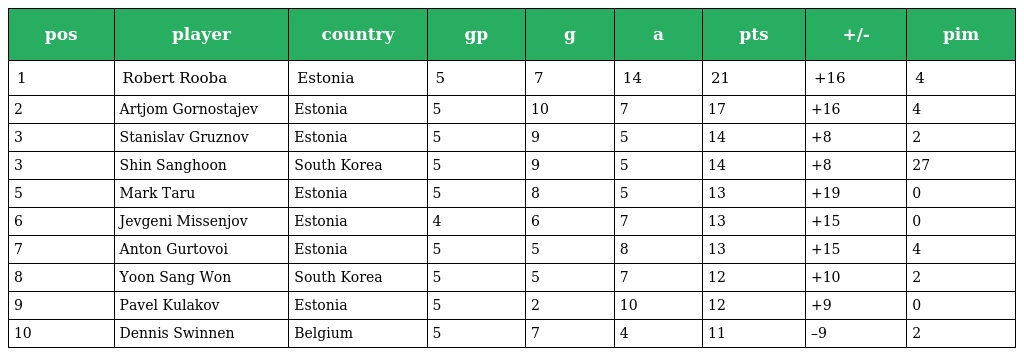
| pos | player | country | gp | g | a | pts | +/- | pim |
 | --- | --- | --- | --- | --- | --- | --- | --- | --- |
 | 1 | Robert Rooba | Estonia | 5 | 7 | 14 | 21 | +16 | 4 |
 | 2 | Artjom Gornostajev | Estonia | 5 | 10 | 7 | 17 | +16 | 4 |
 | 3 | Stanislav Gruznov | Estonia | 5 | 9 | 5 | 14 | +8 | 2 |
 | 3 | Shin Sanghoon | South Korea | 5 | 9 | 5 | 14 | +8 | 27 |
 | 5 | Mark Taru | Estonia | 5 | 8 | 5 | 13 | +19 | 0 |
 | 6 | Jevgeni Missenjov | Estonia | 4 | 6 | 7 | 13 | +15 | 0 |
 | 7 | Anton Gurtovoi | Estonia | 5 | 5 | 8 | 13 | +15 | 4 |
 | 8 | Yoon Sang Won | South Korea | 5 | 5 | 7 | 12 | +10 | 2 |
 | 9 | Pavel Kulakov | Estonia | 5 | 2 | 10 | 12 | +9 | 0 |
 | 10 | Dennis Swinnen | Belgium | 5 | 7 | 4 | 11 | –9 | 2 |